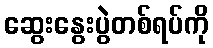
ဆွေးနွေးပွဲတစ်ရပ်ကို